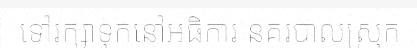
ទៅរក្សាទុកនៅអធិការ នគរបាលស្រុក